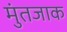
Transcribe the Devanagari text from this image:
मुंतजाक